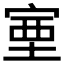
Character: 𡨾